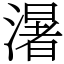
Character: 濐